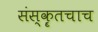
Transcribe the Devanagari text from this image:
संस्कॄतचाच